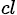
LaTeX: _{cl}